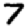
Digit: 7